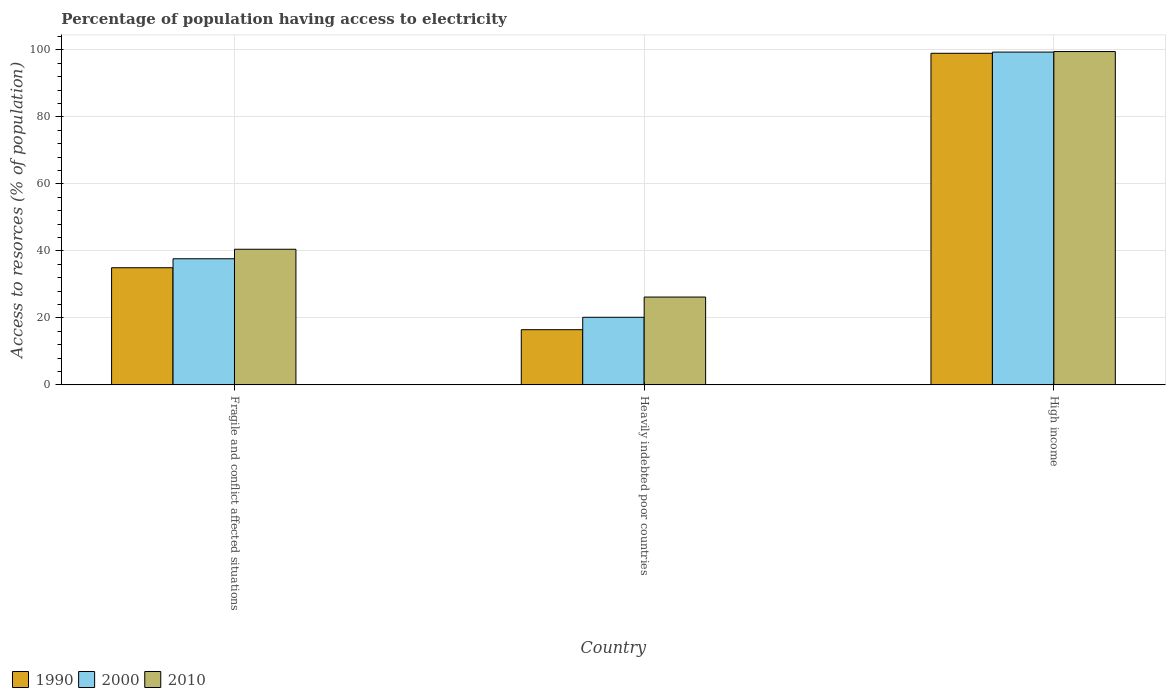
| Country | 1990 | 2000 | 2010 |
 | --- | --- | --- | --- |
 | Fragile and conflict affected situations | 35 | 37.6 | 40.5 |
 | Heavily indebted poor countries | 16.5 | 20.2 | 26.2 |
 | High income | 99 | 99.3 | 99.5 |